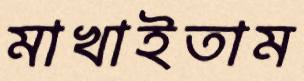
মাখাইতাম